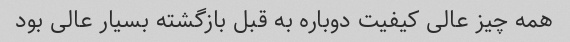
همه چیز عالی کیفیت دوباره به قبل بازگشته بسیار عالی بود